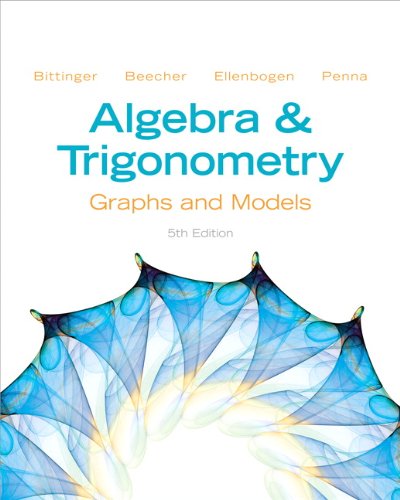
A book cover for Algebra and Trigonometry: Graphs and Models (5th Edition); Marvin L. Bittinger; Science & Math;